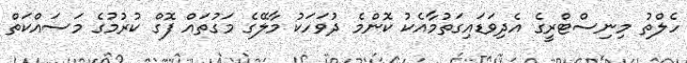
ހެލްތު މިނިސްޓްރީގެ އެދިވަޑައިގަތުމާއެކު ކޮންމެ ދުވަހަކު މާލޭގެ މަގުތައް ފޮގް ކުރުމުގެ މަސައްކަތް